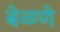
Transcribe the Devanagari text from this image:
बेळणे